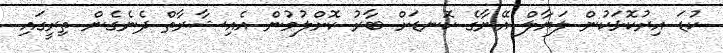
ކުޑަ އިރުކޮޅަކުން ލަޔާލް އޭނާގެ ކޮނޑަށް ބާރު ކޮށްލުމުން އެއިޝާރާތް ދެނެގެން ތިރީގައި